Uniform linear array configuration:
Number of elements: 12
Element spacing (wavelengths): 0.25
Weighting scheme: blackman
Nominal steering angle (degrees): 45
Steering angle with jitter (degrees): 44.745
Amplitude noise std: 0.05
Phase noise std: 0.05

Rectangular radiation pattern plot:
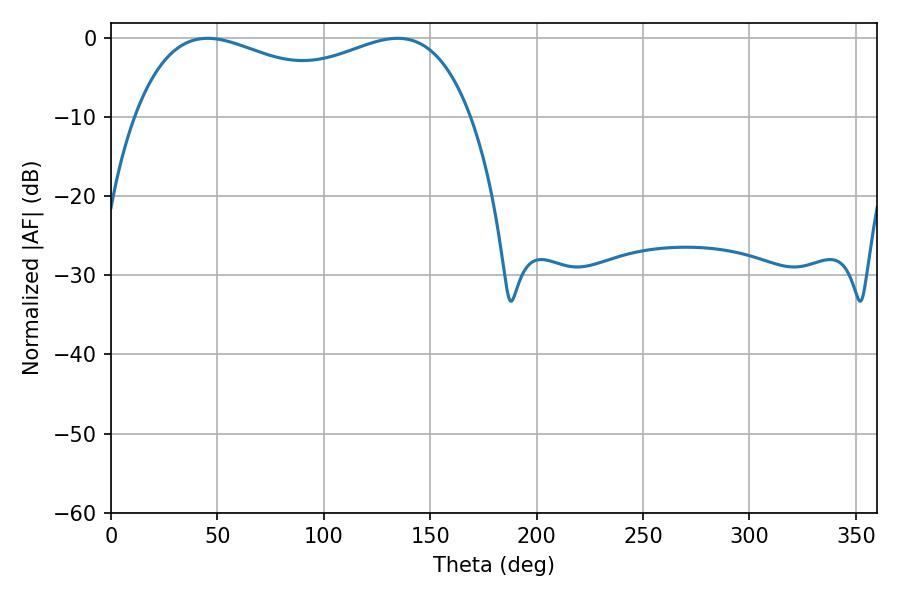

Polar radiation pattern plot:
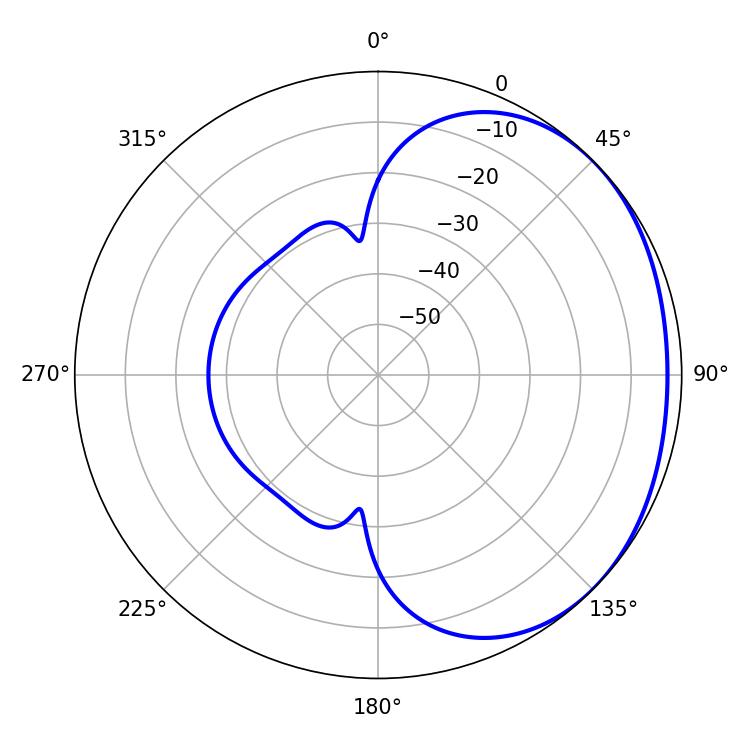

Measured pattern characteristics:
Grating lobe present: FALSE
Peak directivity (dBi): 1.559
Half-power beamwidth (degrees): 130.68
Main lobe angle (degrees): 45.36